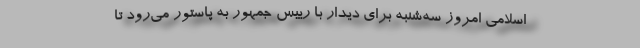
اسلامی امروز سه‌شنبه برای دیدار با رییس جمهور به پاستور می‌رود تا